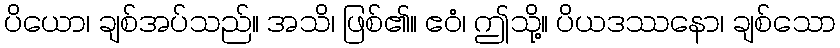
ပိယော၊ ချစ်အပ်သည်။ အသိ၊ ဖြစ်၏။ ဧဝံ၊ ဤသို့။ ပိယဒဿနော၊ ချစ်သော